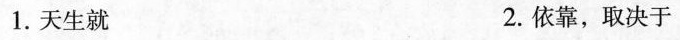
1.天生就 2.依靠，取决于